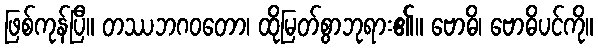
ဖြစ်ကုန်ပြီ။ တဿဘဂဝတော၊ ထိုမြတ်စွာဘုရား၏။ ဗောဓိ၊ ဗောဓိပင်ကို။